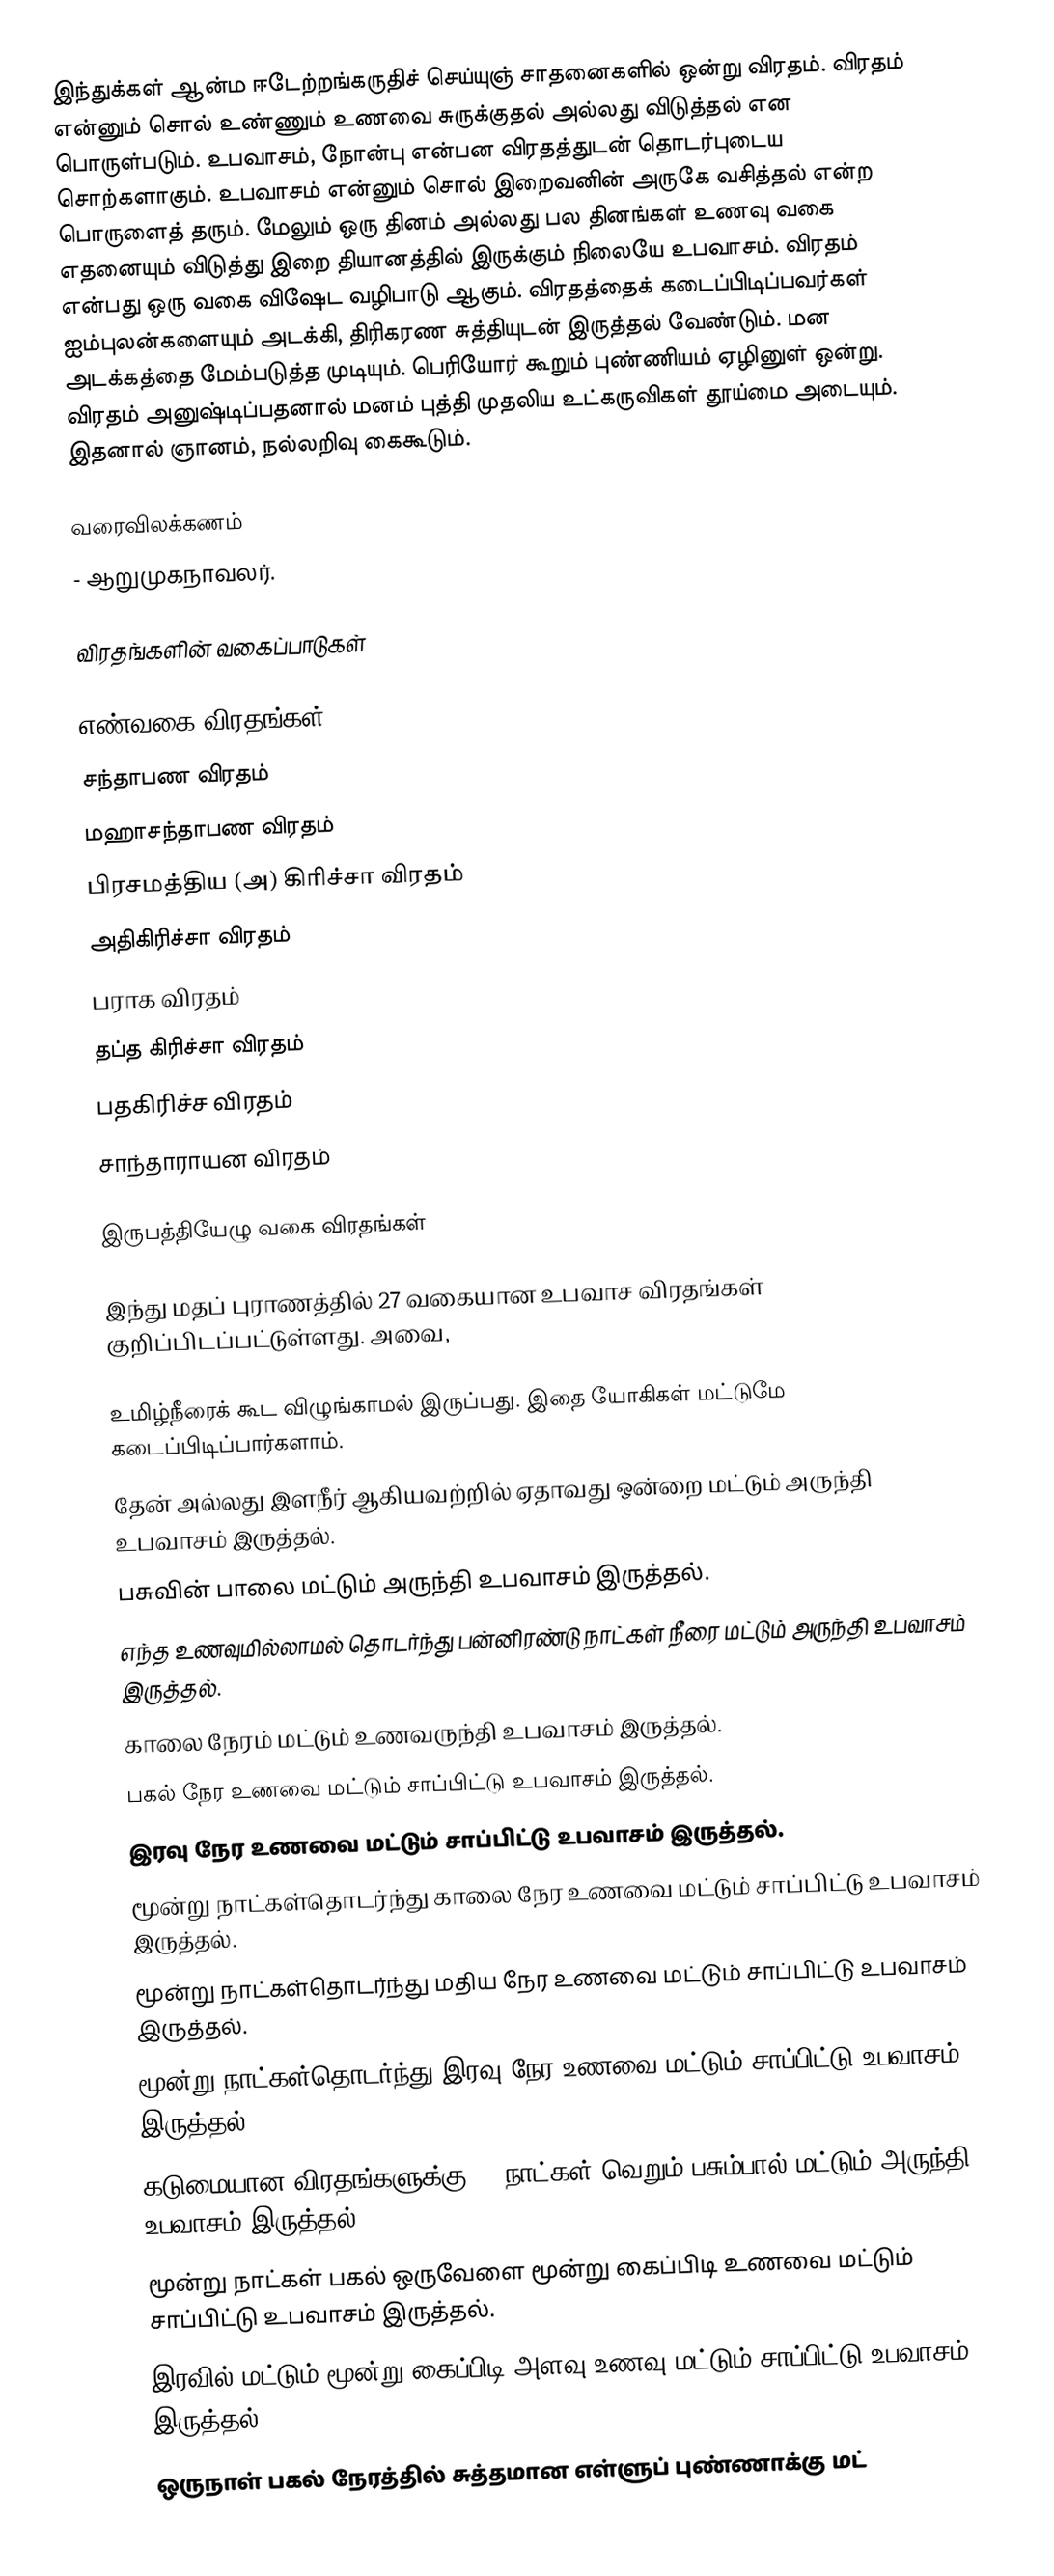
இந்துக்கள் ஆன்ம ஈடேற்றங்கருதிச் செய்யுஞ் சாதனைகளில் ஒன்று விரதம். விரதம் என்னும் சொல் உண்ணும் உணவை சுருக்குதல் அல்லது விடுத்தல் என பொருள்படும். உபவாசம், நோன்பு என்பன விரதத்துடன் தொடர்புடைய சொற்களாகும். உபவாசம் என்னும் சொல் இறைவனின் அருகே வசித்தல் என்ற பொருளைத் தரும். மேலும் ஒரு தினம் அல்லது பல தினங்கள் உணவு வகை எதனையும் விடுத்து இறை தியானத்தில் இருக்கும் நிலையே உபவாசம். விரதம் என்பது ஒரு வகை விஷேட வழிபாடு ஆகும். விரதத்தைக் கடைப்பிடிப்பவர்கள் ஐம்புலன்களையும் அடக்கி, திரிகரண சுத்தியுடன் இருத்தல் வேண்டும். மன அடக்கத்தை மேம்படுத்த முடியும். பெரியோர் கூறும் புண்ணியம் ஏழினுள் ஒன்று. விரதம் அனுஷ்டிப்பதனால் மனம் புத்தி முதலிய உட்கருவிகள் தூய்மை அடையும். இதனால் ஞானம், நல்லறிவு கைகூடும்.

வரைவிலக்கணம்
 - ஆறுமுகநாவலர்.

விரதங்களின் வகைப்பாடுகள்

எண்வகை விரதங்கள்
 சந்தாபண விரதம்
 மஹாசந்தாபண விரதம்
 பிரசமத்திய (அ) கிரிச்சா விரதம்
 அதிகிரிச்சா விரதம்
 பராக விரதம்
 தப்த கிரிச்சா விரதம்
 பதகிரிச்ச விரதம்
 சாந்தாராயன விரதம்

இருபத்தியேழு வகை விரதங்கள்

இந்து மதப் புராணத்தில் 27 வகையான உபவாச விரதங்கள் குறிப்பிடப்பட்டுள்ளது. அவை,

உமிழ்நீரைக் கூட விழுங்காமல் இருப்பது. இதை யோகிகள் மட்டுமே கடைப்பிடிப்பார்களாம்.
தேன் அல்லது இளநீர் ஆகியவற்றில் ஏதாவது ஒன்றை மட்டும் அருந்தி உபவாசம் இருத்தல்.
பசுவின் பாலை மட்டும் அருந்தி உபவாசம் இருத்தல்.
எந்த உணவுமில்லாமல் தொடர்ந்து பன்னிரண்டு நாட்கள் நீரை மட்டும் அருந்தி உபவாசம் இருத்தல்.
காலை நேரம் மட்டும் உணவருந்தி உபவாசம் இருத்தல்.
பகல் நேர உணவை மட்டும் சாப்பிட்டு உபவாசம் இருத்தல்.
இரவு நேர உணவை மட்டும் சாப்பிட்டு உபவாசம் இருத்தல்.
மூன்று நாட்கள்தொடர்ந்து காலை நேர உணவை மட்டும் சாப்பிட்டு உபவாசம் இருத்தல்.
மூன்று நாட்கள்தொடர்ந்து மதிய நேர உணவை மட்டும் சாப்பிட்டு உபவாசம் இருத்தல்.
மூன்று நாட்கள்தொடர்ந்து இரவு நேர உணவை மட்டும் சாப்பிட்டு உபவாசம் இருத்தல்.
கடுமையான விரதங்களுக்கு 21 நாட்கள் வெறும் பசும்பால் மட்டும் அருந்தி உபவாசம் இருத்தல்.
மூன்று நாட்கள் பகல் ஒருவேளை மூன்று கைப்பிடி உணவை மட்டும் சாப்பிட்டு உபவாசம் இருத்தல்.
இரவில் மட்டும் மூன்று கைப்பிடி அளவு உணவு மட்டும் சாப்பிட்டு உபவாசம் இருத்தல்.
ஒருநாள் பகல் நேரத்தில் சுத்தமான எள்ளுப் புண்ணாக்கு மட்